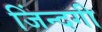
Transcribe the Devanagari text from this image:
जिंन्दगी